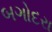
બગોદરા